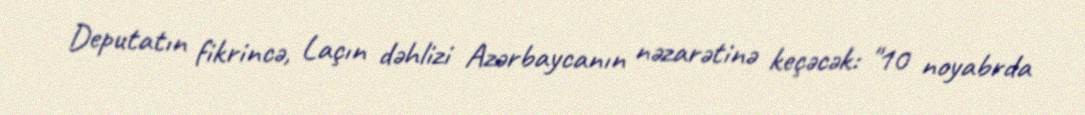
Deputatın fikrincə, Laçın dəhlizi Azərbaycanın nəzarətinə keçəcək: "10 noyabrda